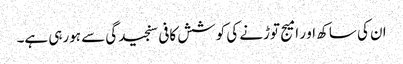
ان کی ساکھ او ر امیج توڑنے کی کوشش کافی سنجیدگی سے ہورہی ہے۔